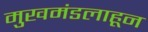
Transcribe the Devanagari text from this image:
मुखमंडलाहून